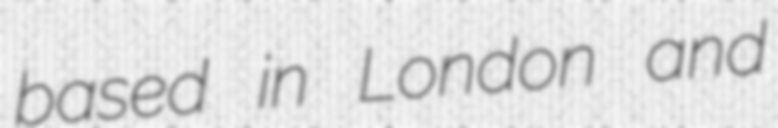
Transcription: based in London and